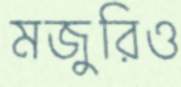
মজুরিও